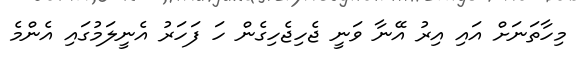
މިހާތަނަށް އައި އިރު އޭނާ ވަނީ ޖެހިޖެހިގެން ހަ ފަހަރު އެނީލަމުގައި އެންމެ